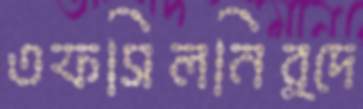
তফসিলনির্দে